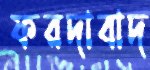
ফরদাবাদ